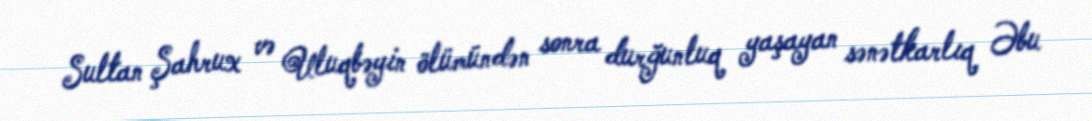
Sultan Şahrux və Uluqbəyin ölümündən sonra durğunluq yaşayan sənətkarlıq Əbu